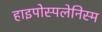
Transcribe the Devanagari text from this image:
हाइपोस्पलेनिस्म